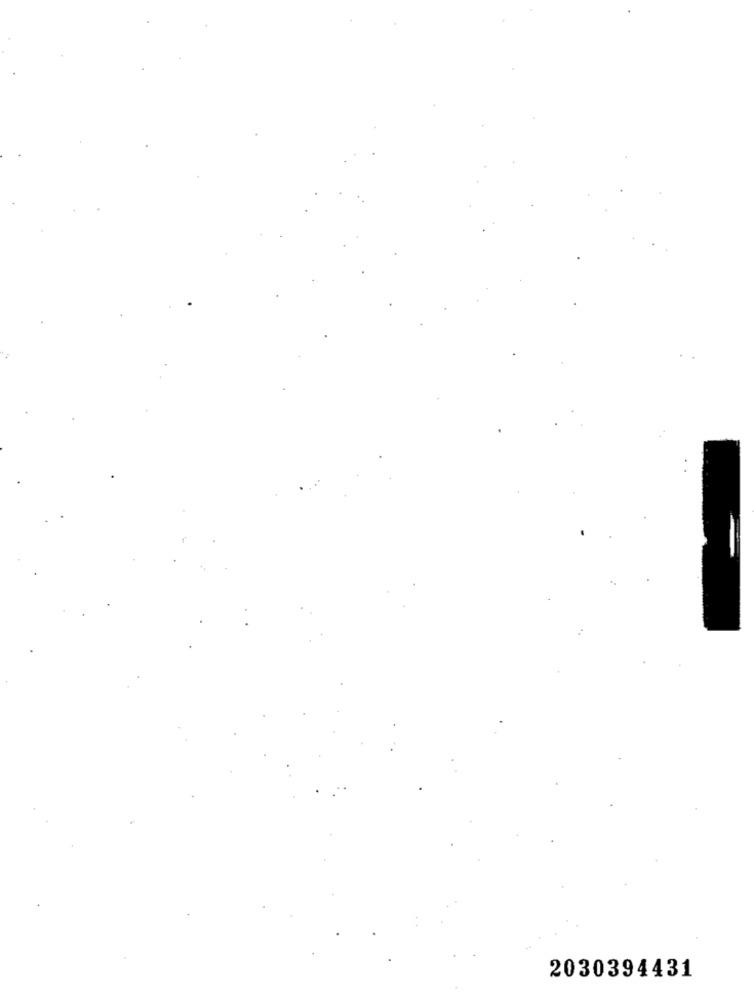
2030394431